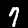
Digit: 7